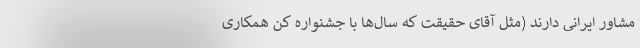
مشاور ایرانی دارند (مثل آقای حقیقت که سال‌ها با جشنواره کن همکاری